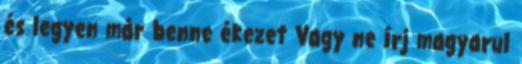
és legyen már benne ékezet Vagy ne írj magyarul